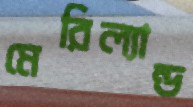
মেরিল্যান্ড